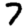
Digit: 7